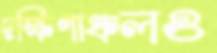
দক্ষিণাঞ্চলও